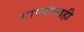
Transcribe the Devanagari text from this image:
गाण्यांनाही